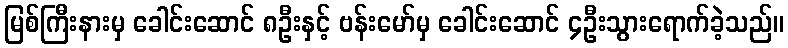
မြစ်ကြီးနားမှ ခေါင်းဆောင် ၈ဦးနှင့် ဗန်းမော်မှ ခေါင်းဆောင် ၄ဦးသွားရောက်ခဲ့သည်။